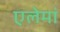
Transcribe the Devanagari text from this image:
एलेमां